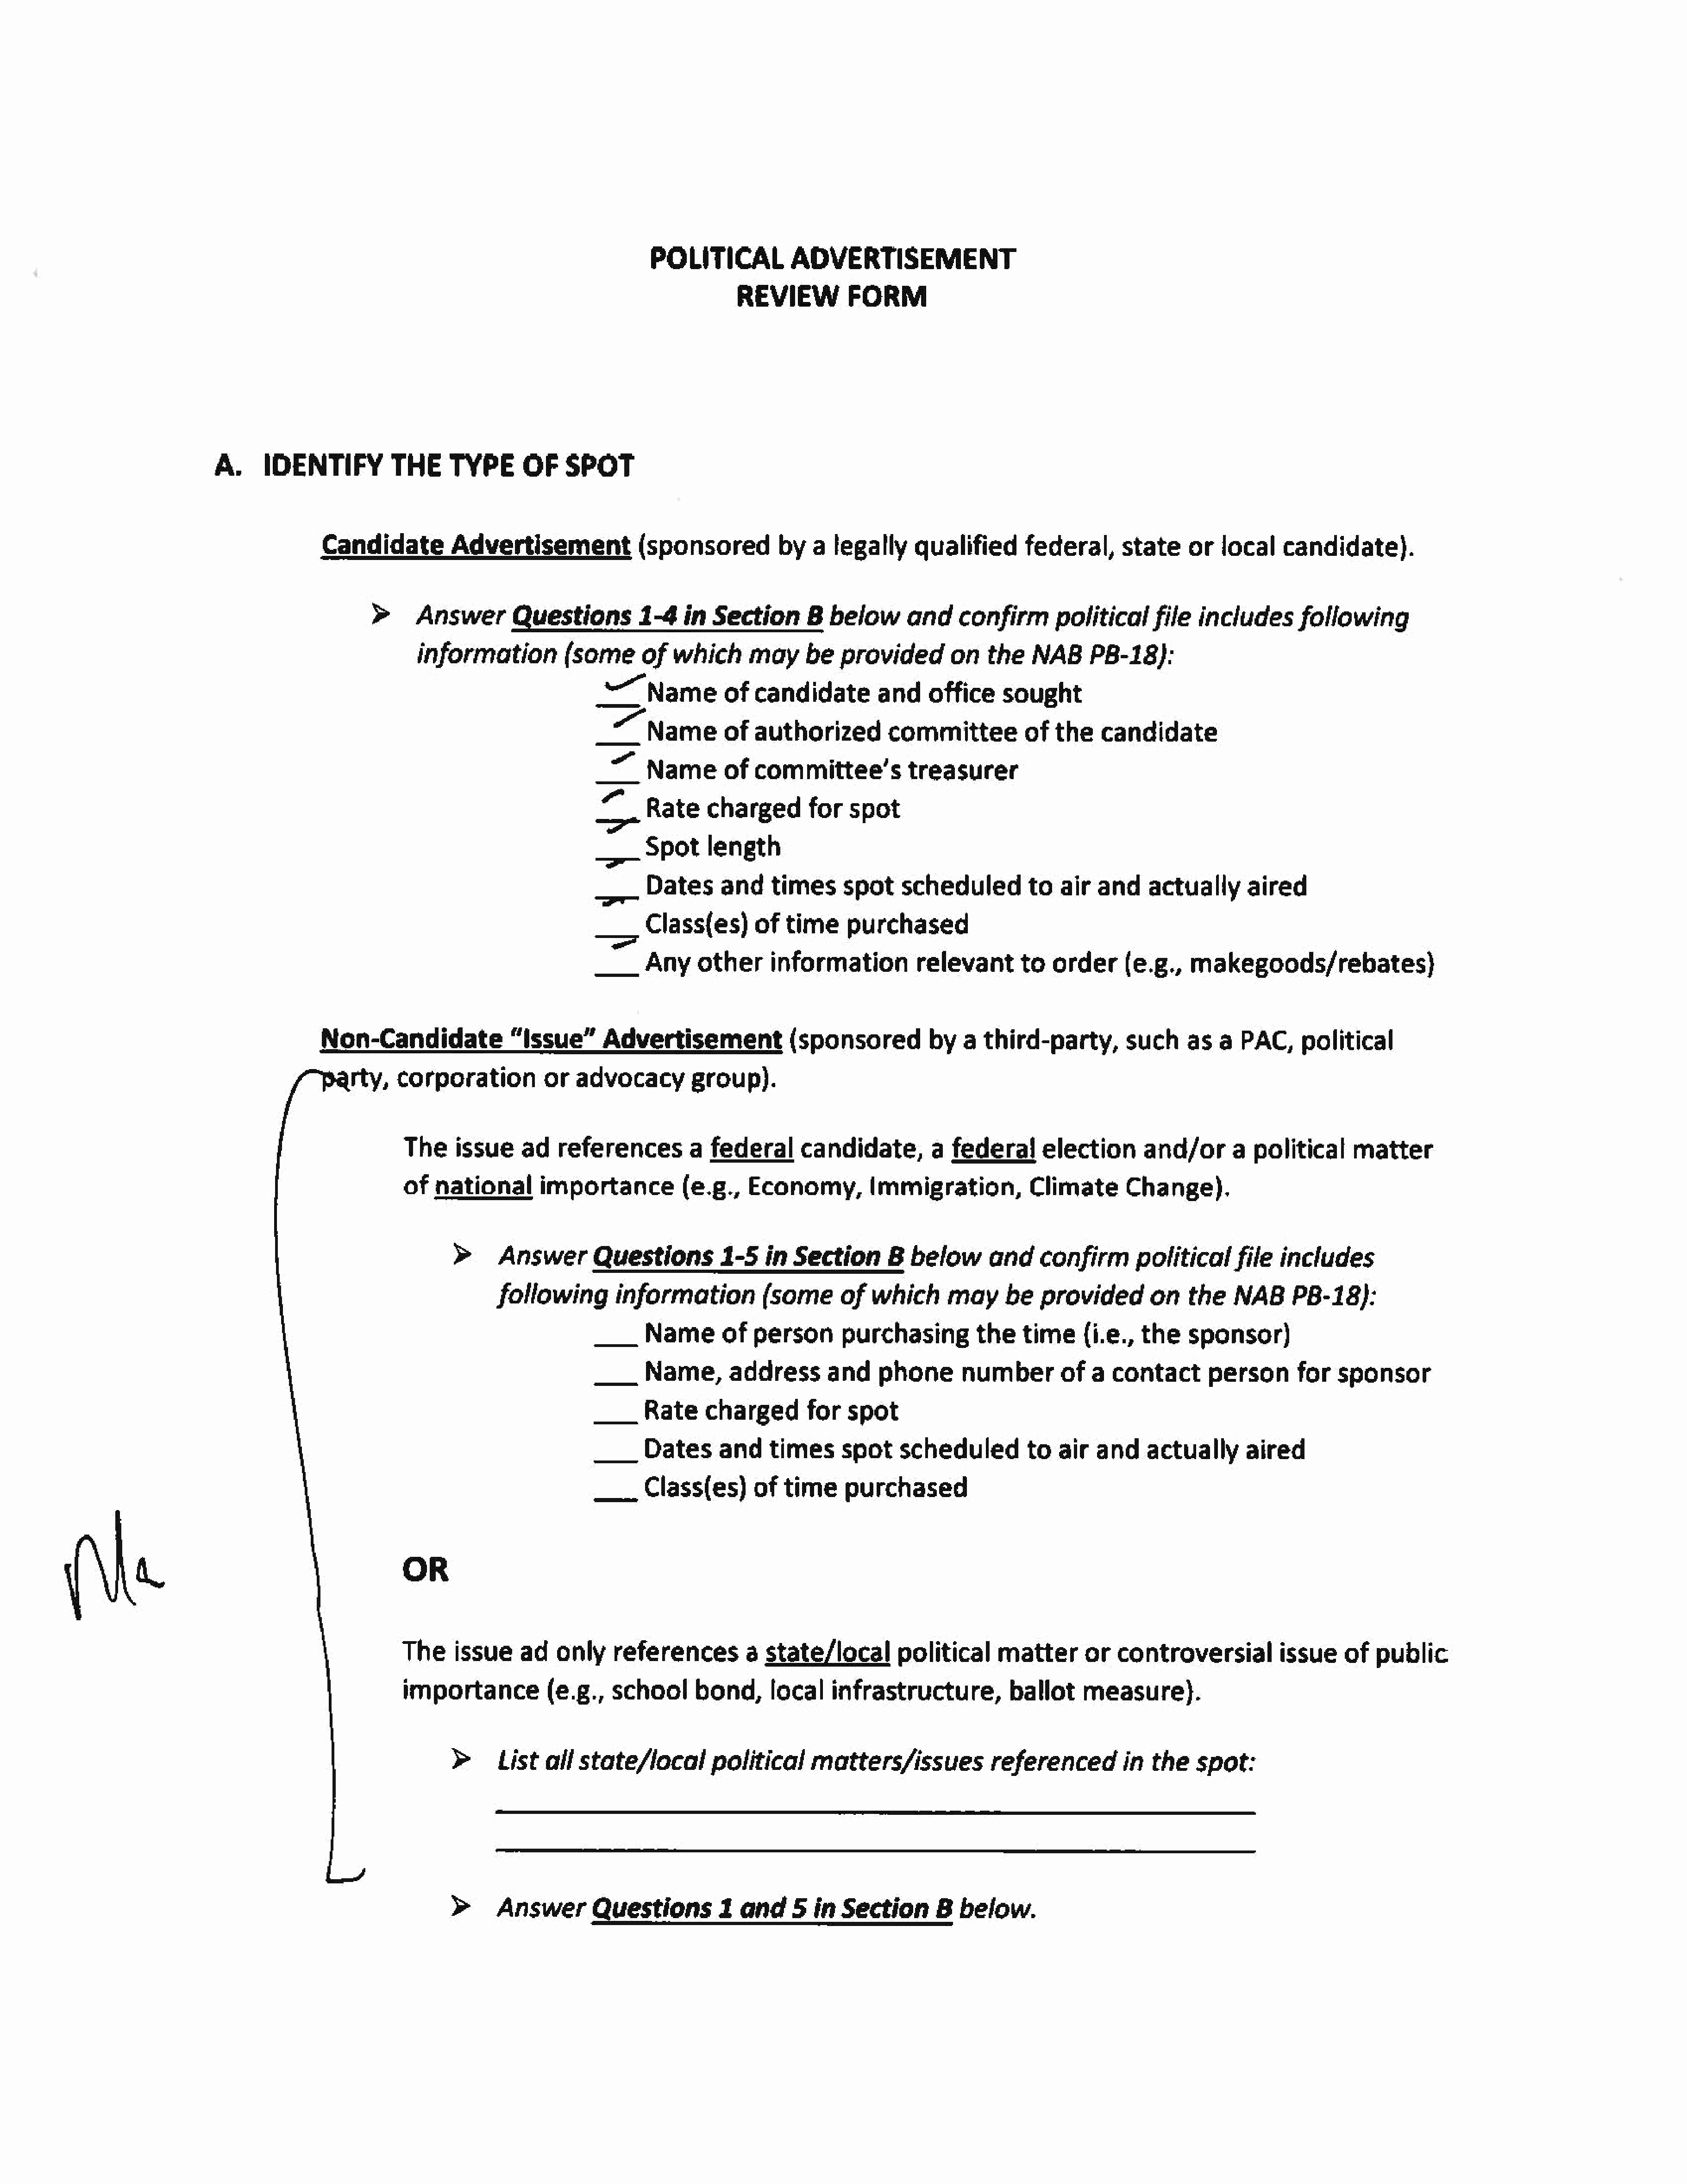
POLITICAL           ADVERTISEMENT
 REVIEW          FORM
 A.     IDENTIFY          THE     TYPE       OF    SPOT
 Candidate          Advertisement             (sponsoredbya            legally        qualified       federal,     state     or   local   candidate).
 >     Answer        Questions         1-4    in  Section      8   below      and    confirm       politicalfile       includes      following
 information          (some      of  which      may     be   provided        on   the    NAB     PB-18):
 Name            ofcandidate              andoffice        sought
 _7_     Name    ofauthorized              committee           of  the   candidate
 a      Name     of     committee’s           treasurer
 7     _Rate    charged        for  spot
 —>—    Spot     length
 Dates      and    times      spot    scheduled         to   air  and    actually      aired
 Class(es)       of  time     purchased
 ____   Any     other   information            relevant       to   order     (e.g.,   makegoods/rebates}
 Non-Candidate              “Issue”      Advertisement              (sponsored          by   a  third-party,        such     as  a  PAC,political
 ry,    corporation          or  advocacy         group).
 The    issue     ad   references         a  federal     candidate,         a  federal      election       and/or      a  political      matter
 of  national       importance           (e.g.,   Economy,         Immigration,           Climate       Change).
 >     Answer        Questions         1-5   in  Section       B  below      and     confirm      politicalfile        includes
 following        information          (some      of   which     may      be   provided       on    the   NAB      PB-18):
 ____   Name    ofperson            purchasing          the   time(i.e.,       the    sponsor)
 ___    Name,address              and     phone       number      of    a  contact       person      for   sponsor
 ____   Rate     charged       for   spot
 ___    Dates      and    times     spot     scheduledto           air   and    actually      aired
 ___    Class(es)       of  time     purchased
 a                                      OR
 The     issue    ad    only    references         a  state/local      political       matter      or   controversial          issue    of   public
 importance(e.g.,              school     bond,local          infrastructure,          ballot     measure}.
 >     List   all  state/local        political     matters/issues            referenced         in  the   spot:
 >     Answer       Questions          1  and    5  in  Section       B  below.